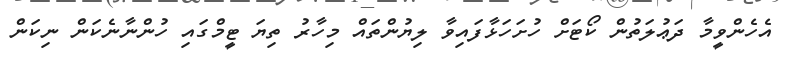
އެހެންވީމާ ދަޢުލަތުން ކޯޓަށް ހުށަހަޅާފައިވާ ލިޔުންތައް މިހާރު ތިޔަ ޓީމްގައި ހުންނާނެކަން ނިކަން